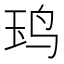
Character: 𬸃